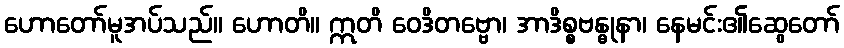
ဟောတော်မူအပ်သည်။ ဟောတိ။ ဣတိ ဝေဒိတဗ္ဗော၊ အာဒိစ္စဗန္ဓုနာ၊ နေမင်း၏ဆွေတော်